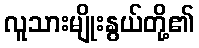
လူသားမျိုးနွယ်တို့၏